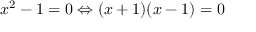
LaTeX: x ^ { 2 } - 1 = 0 \Leftrightarrow ( x + 1 ) ( x - 1 ) = 0